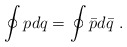
\begin{align*}\oint\limits_{}^{}pdq =\oint\limits_{}^{}{\bar p}d{\bar q}\ .\end{align*}